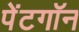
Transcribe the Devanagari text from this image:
पेंटगॉन